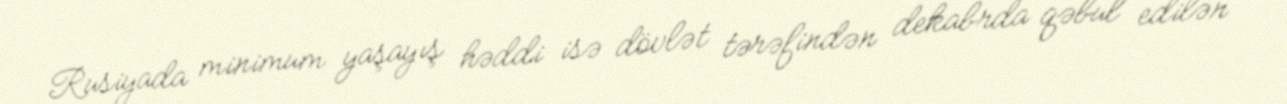
Rusiyada minimum yaşayış həddi isə dövlət tərəfindən dekabrda qəbul edilən